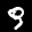
Label: 9